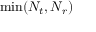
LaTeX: \operatorname* { m i n } ( N _ { t } , N _ { r } )